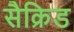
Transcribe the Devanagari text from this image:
सैक्रिड